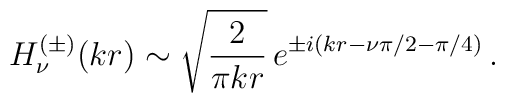
H_{\nu}^{(\pm)}(kr)\sim\sqrt{\frac{2}{\pi k r}}\,e^{\pm i (k r - \nu \pi/2 - \pi/4)}\,.